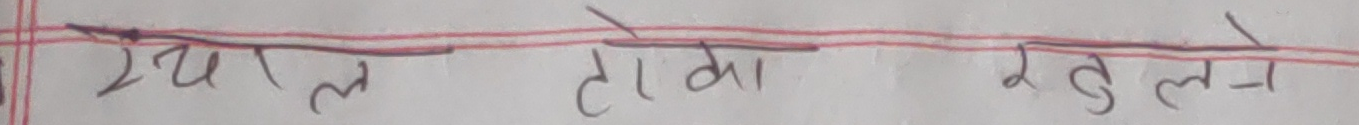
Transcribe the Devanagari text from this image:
रयाल तोका रतुले